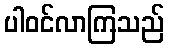
ပါဝင်လာကြသည်